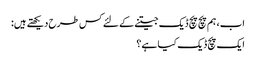
اب، ہم پچ پچ ڈیک جیتنے کے لئے کس طرح دیکھتے ہیں:
ایک پچ ڈیک کیا ہے؟